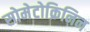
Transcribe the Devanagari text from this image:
सोमेटोक्रिनिन